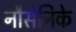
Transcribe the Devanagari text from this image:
नौसेनिके